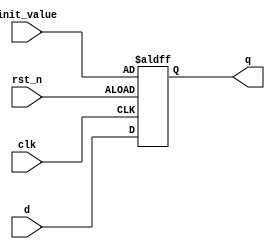
module D_FF(
    input d,
    input rst_n,
    input clk,
    input init_value,
    output q
    );
    reg q;
    
    always @(posedge clk or negedge rst_n)
        if (~rst_n)
            q <= init_value;    //set to zero on reset
        else
            q <= d;             
endmodule